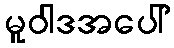
မူဝါဒအပေါ်